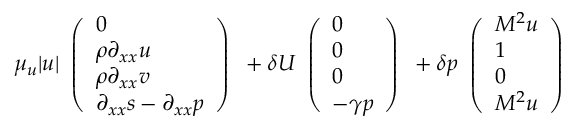
\mu _ { u } | u | \begin{array} { l } { \left( \begin{array} { l } { 0 } \\ { \rho \partial _ { x x } u } \\ { \rho \partial _ { x x } v } \\ { \partial _ { x x } s - \partial _ { x x } p } \end{array} \right) } \end{array} + \delta U \begin{array} { l } { \left( \begin{array} { l } { 0 } \\ { 0 } \\ { 0 } \\ { - \gamma p } \end{array} \right) } \end{array} + \delta p \begin{array} { l } { \left( \begin{array} { l } { M ^ { 2 } u } \\ { 1 } \\ { 0 } \\ { M ^ { 2 } u } \end{array} \right) } \end{array}